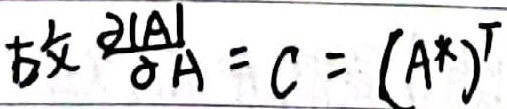
故\(\frac{\partial|A|}{\partial A}=C = (A^{*})^{T}\)